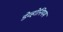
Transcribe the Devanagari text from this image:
डेव्होनियम